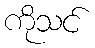
ကိုသင်